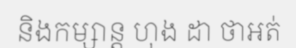
និងកម្សាន្ត ហុង ដា ថាអត់